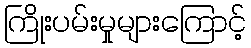
ကြိုးပမ်းမှုများကြောင့်